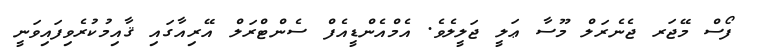
ފޯސް މޭޖަރ ޖެނެރަލް މޫސާ ޢަލީ ޖަލީލެވެ. އެމްއެންޑީއެފް ސެންޓްރަލް އޭރިއާގައި ޤާއިމުކުރެވިފައިވަނީ